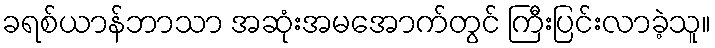
ခရစ်ယာန်ဘာသာ အဆုံးအမအောက်တွင် ကြီးပြင်းလာခဲ့သူ။